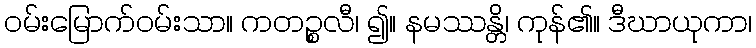
ဝမ်းမြောက်ဝမ်းသာ။ ကတဉ္စလီ၊ ၍။ နမဿန္တိ၊ ကုန်၏။ ဒီဃာယုကာ၊